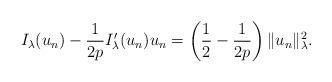
LaTeX: \begin{align*}I_{\lambda}(u_n)-\frac{1}{2p}I'_{\lambda}(u_n)u_n=\left( \frac{1}{2}-\frac{1}{2p}\right)\|u_n\|^2_{\lambda}.\end{align*}